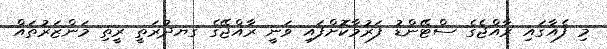
މި ފެއާގައި ރާއްޖެގެ ސްޓޭންޑު ފަރުމާކޮށްފައި ވަނީ ރާއްޖޭގެ ގޔދުރަތީ ރީތި މަންޒަރުތައް